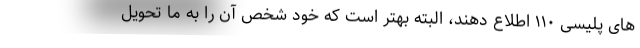
های پلیسی ۱۱۰ اطلاع دهند، البته بهتر است که خود شخص آن را به ما تحویل